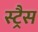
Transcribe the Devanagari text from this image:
स्ट्रैस